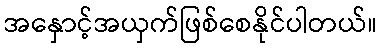
အနှောင့်အယှက်ဖြစ်စေနိုင်ပါတယ်။